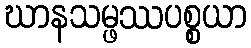
ဃာနသမ္ဖဿပစ္စယာ